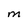
Character: M